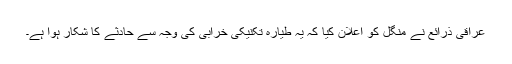
عراقی ذرائع نے منگل کو اعلان کیا کہ یہ طیارہ تکنیکی خرابی کی وجہ سے حادثے کا شکار ہوا ہے۔